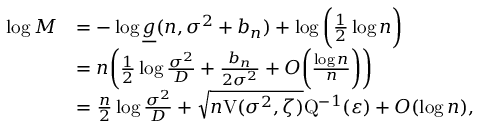
\begin{array} { r l } { \log M } & { = - \log \underline { { g } } ( n , \sigma ^ { 2 } + b _ { n } ) + \log \bigg ( \frac { 1 } { 2 } \log n \bigg ) } \\ & { = n \bigg ( \frac { 1 } { 2 } \log \frac { \sigma ^ { 2 } } { D } + \frac { b _ { n } } { 2 \sigma ^ { 2 } } + O \bigg ( \frac { \log n } { n } \bigg ) \bigg ) } \\ & { = \frac { n } { 2 } \log \frac { \sigma ^ { 2 } } { D } + \sqrt { n \mathrm { V } ( \sigma ^ { 2 } , \zeta ) } \mathrm { Q } ^ { - 1 } ( \varepsilon ) + O ( \log n ) , } \end{array}